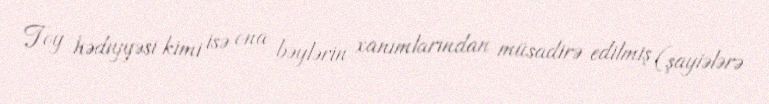
Toy hədiyyəsi kimi isə ona bəylərin xanımlarından müsadirə edilmiş (şayiələrə